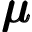
\pmb { \mu }